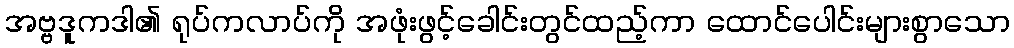
အဗ္ဗဒူကဒါ၏ ရုပ်ကလာပ်ကို အဖုံးဖွင့်ခေါင်းတွင်ထည့်ကာ ထောင်ပေါင်းများစွာသော